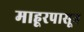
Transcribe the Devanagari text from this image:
माहूरपासून